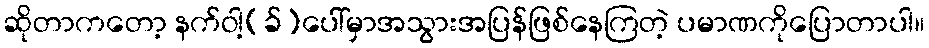
ဆိုတာကတော့ နက်ဝါ့(ခ်)ပေါ်မှာအသွားအပြန်ဖြစ်နေကြတဲ့ ပမာဏကိုပြောတာပါ။